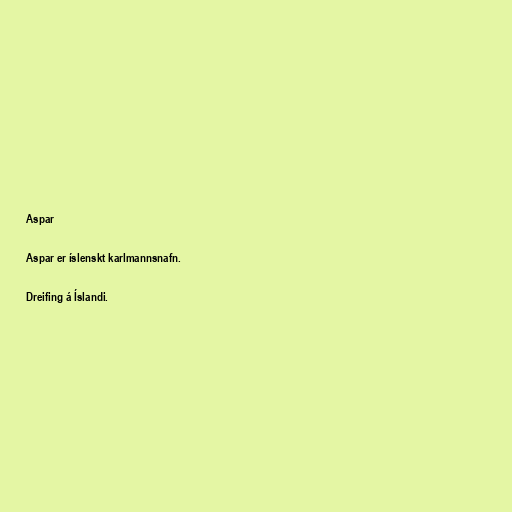
Aspar

Aspar er íslenskt karlmannsnafn.

Dreifing á Íslandi.